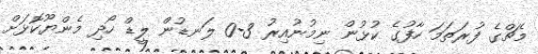
މެޗްގެ ފުރަތަމަ ހާފުގެ ކުޅުން ނިމުނުއިރު 3-0 ލަނޑުން ލީޑް ހޯދި މެންޔޫކޮޅަށް